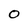
Character: 0